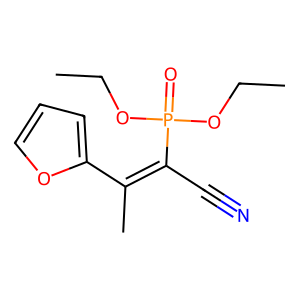
SMILES: CCOP(=O)(OCC)C(C#N)=C(C)c1ccco1
Inhibits HIV replication: No